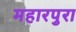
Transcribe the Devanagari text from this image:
महारपुरा